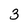
Character: 3